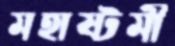
মহাষ্টমী